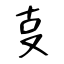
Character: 㕝